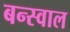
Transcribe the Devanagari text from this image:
बन्स्वाल